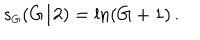
LaTeX: s _ { \scriptscriptstyle G } ( G / 2 ) = \ln ( G + 1 ) \, .